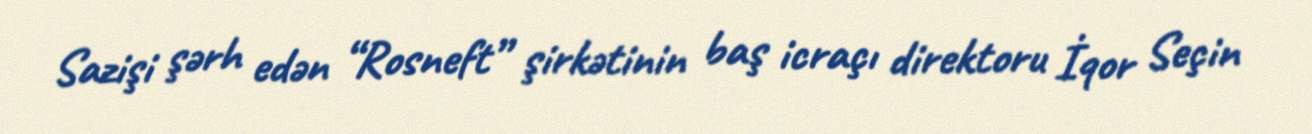
Sazişi şərh edən “Rosneft” şirkətinin baş icraçı direktoru İqor Seçin